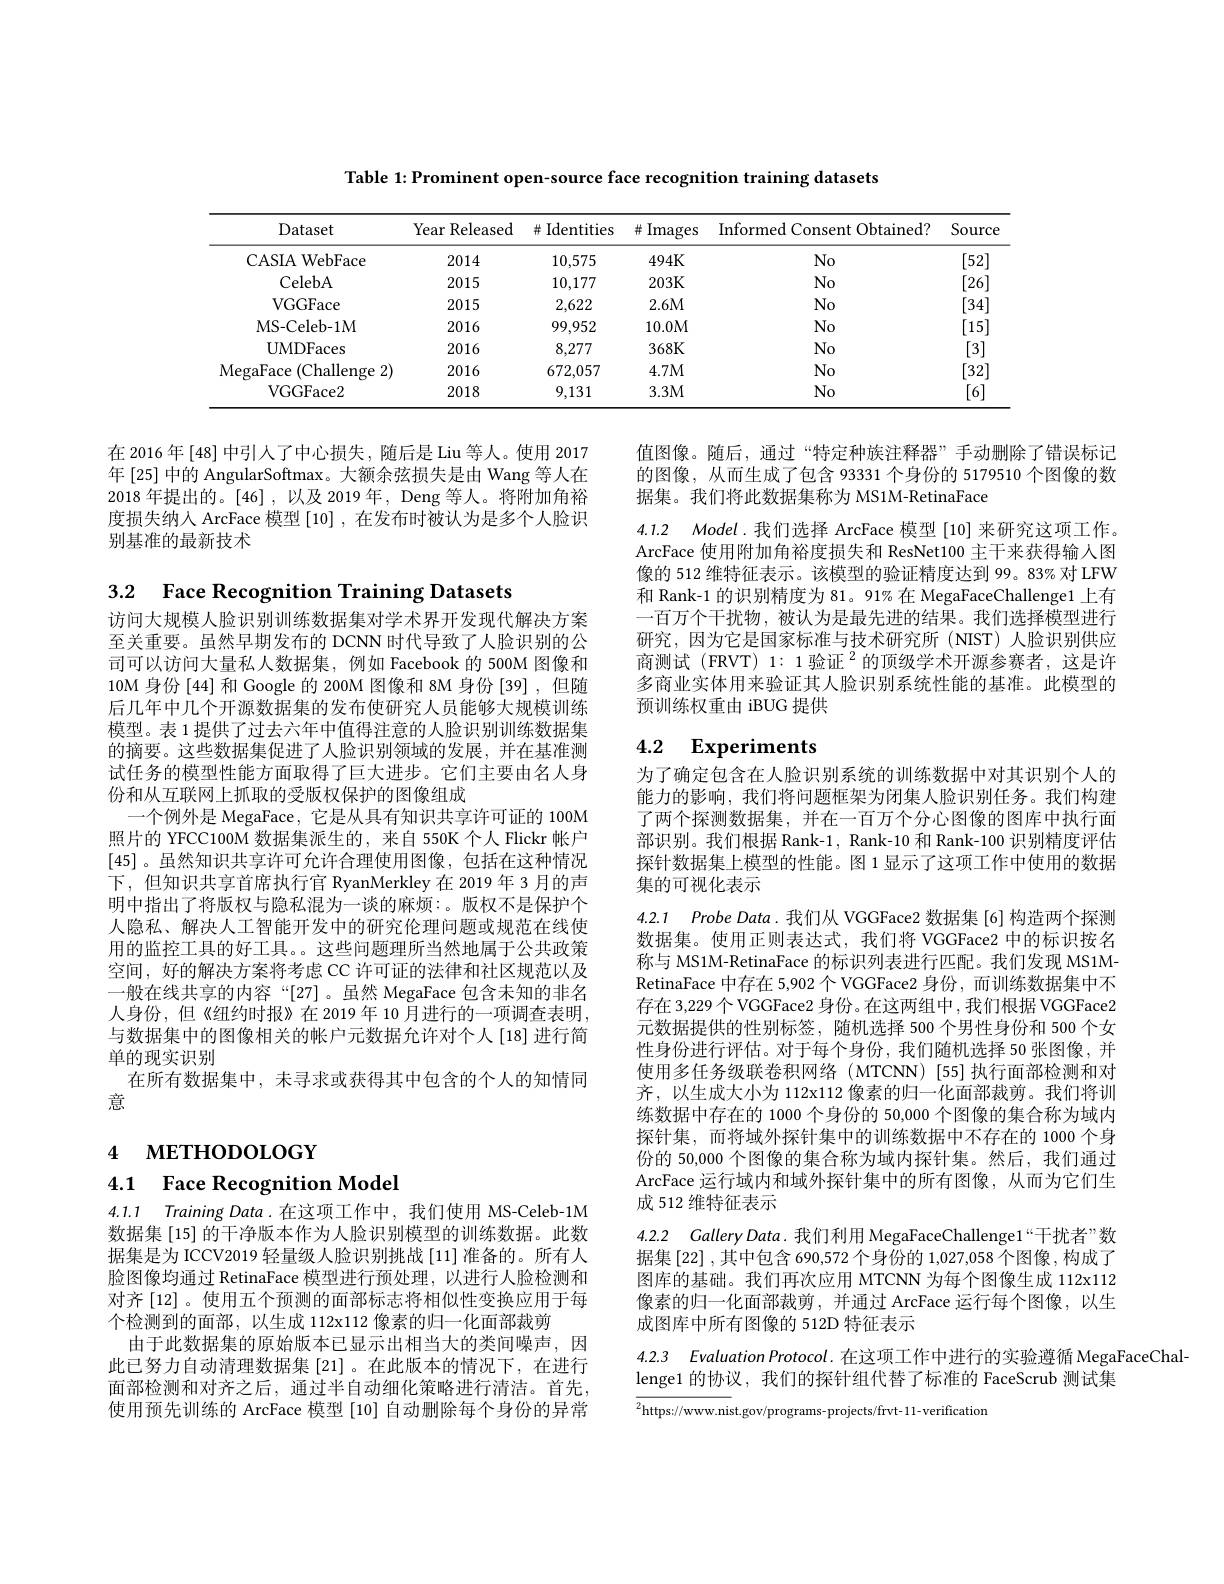
Table 1: Prominent open-source face recognition training datasets

<table>
	<tbody>
		<tr>
			<th>Dataset</th>
			<th>Year E Released</th>
			<th>Identities 井</th>
			<th># Images</th>
			<th>Informed Consent Obtained?</th>
			<th>$Sourc\epsilon$</th>
		</tr>
		<tr>
			<td>CASIA WebFace</td>
			<td>2014</td>
			<td>10,575</td>
			<td>$494K$</td>
			<td>No</td>
			<td>[52]</td>
		</tr>
		<tr>
			<td>CelebA</td>
			<td>2015</td>
			<td>10,177</td>
			<td>$203K$</td>
			<td>No</td>
			<td>[26]</td>
		</tr>
		<tr>
			<td>VGGFace</td>
			<td>2015</td>
			<td>2,622</td>
			<td>$2.6M$</td>
			<td>No</td>
			<td>[34]</td>
		</tr>
		<tr>
			<td>MS-Celeb-1M</td>
			<td>2016</td>
			<td>99,952</td>
			<td>10.0M</td>
			<td>No</td>
			<td>151</td>
		</tr>
		<tr>
			<td>UMDFaces</td>
			<td>2016</td>
			<td>8,277</td>
			<td>$368K$</td>
			<td>No</td>
			<td>[3]</td>
		</tr>
		<tr>
			<td>MegaFace ( Challenge 2) </td>
			<td>2016</td>
			<td>672,057</td>
			<td>4.7M</td>
			<td>No</td>
			<td>[32]</td>
		</tr>
		<tr>
			<td>VGGFace2</td>
			<td>2018</td>
			<td>9,131</td>
			<td>3.3M</td>
			<td>$No$</td>
			<td>[6]</td>
		</tr>
	</tbody>
</table>

值图像。随后，通过“特定种族注释器”手动删除了错误标记的图像，从而生成了包含 93331 个身份的 5179510 个图像的数据集。我们将此数据集称为 MS1M-RetinaFace

在 2016 年 [48] 中引人了中心损失，随后是 Liu 等人。使用 2017年[25] 中的 AngularSoftmax。大额余弦损失是由 Wang 等人在2018 年提出的。[46],以及 2019 年，Deng 等人。将附加角裕度损失纳入 ArcFace 模型[10],在发布时被认为是多个人脸识别基准的最新技术

3.2 Face Recognition Training Datasets

4.1.2 Model.我们选择 ArcFace 模型[10]来研究这项工作。ArcFace 使用附加角裕度损失和 ResNet100 主干来获得输人图像的 512 维特征表示。该模型的验证精度达到 99。83% 对 LFW 和 Rank-1 的识别精度为 81。91% 在 MegaFaceChallenge1 上有一百万个干扰物，被认为是最先进的结果。我们选择模型进行研究，因为它是国家标准与技术研究所(NIST)人脸识别供应商测试(FRVT) 1: 1 验证 $^2$的顶级学术开源参赛者，这是许多商业实体用来验证其人脸识别系统性能的基准。此模型的预训练权重由 iBUG 提供

## 4.2 Experiments

为了确定包含在人脸识别系统的训练数据中对其识别个人的能力的影响，我们将问题框架为闭集人脸识别任务。我们构建了两个探测数据集，并在一百万个分心图像的图库中执行面部识别。我们根据 Rank-1, Rank-10 和 Rank-100 识别精度评估探针数据集上模型的性能。图 1 显示了这项工作中使用的数据集的可视化表示

访问大规模人脸识别训练数据集对学术界开发现代解决方案至关重要。虽然早期发布的 DCNN 时代导致了人脸识别的公司可以访问大量私人数据集，例如 Facebook 的 500M 图像和10M 身份[44]和 Google 的 200M 图像和 8M 身份[39] ,但随后几年中几个开源数据集的发布使研究人员能够大规模训练模型。表 1 提供了过去六年中值得注意的人脸识别训练数据集的摘要。这些数据集促进了人脸识别领域的发展，并在基准测试任务的模型性能方面取得了巨大进步。它们主要由名人身份和从互联网上抓取的受版权保护的图像组成
一个例外是 MegaFace, 它是从具有知识共享许可证的 100M 照片的 YFCC100M 数据集派生的，来自 550K 个人 Flickr 帐户[45] 。虽然知识共享许可允许合理使用图像，包括在这种情况下，但知识共享首席执行官 RyanMerkley在2019年3月的声明中指出了将版权与隐私混为一谈的麻烦：。版权不是保护个人隐私、解决人工智能开发中的研究伦理问题或规范在线使用的监控工具的好工具。。这些问题理所当然地属于公共政策空间，好的解决方案将考虑 CC 许可证的法律和社区规范以及一般在线共享的内容“[27]。虽然 MegaFace 包含未知的非名人身份，但《纽约时报》在 2019 年 10 月进行的一项调查表明， 与数据集中的图像相关的帐户元数据允许对个人[18]进行简单的现实识别
在所有数据集中，未寻求或获得其中包含的个人的知情同
意

4.2.1 Probe Data. 我们从 VGGFace2 数据集 [6] 构造两个探测数据集。使用正则表达式，我们将 VGGFace2 中的标识按名称与 MS1M-RetinaFace 的标识列表进行匹配。我们发现 MS1MRetinaFace 中存在 5,902个 VGGFace2 身份，而训练数据集中不存在 3,229个 VGGFace2 身份。在这两组中 ,我们根据 VGGFace2元数据提供的性别标签，随机选择 500 个男性身份和 500 个女性身份进行评估。对于每个身份，我们随机选择 50 张图像，并使用多任务级联卷积网络(MTCNN)[55]执行面部检测和对齐，以生成大小为 112x112 像素的归一化面部裁剪。我们将训练数据中存在的 1000 个身份的 50,000 个图像的集合称为域内探针集，而将域外探针集中的训练数据中不存在的 1000 个身份的 50,000 个图像的集合称为域内探针集。然后，我们通过ArcFace 运行域内和域外探针集中的所有图像，从而为它们生成 512 维特征表示

4 мЕТНОDOLOGY

4.1 Face Recognition Model

4.2.2 Callery Data. 我们利用 MegaFaceChallenge1“干扰者”数据集 [22] , 其中包含 690,572 个身份的 1,027,058 个图像 ,构成了图库的基础。我们再次应用 MTCNN 为每个图像生成 112x112像素的归一化面部裁剪，并通过 ArcFace 运行每个图像，以生成图库中所有图像的 512D 特征表示

4.1.1 Training Data.在这项工作中，我们使用 MS-Celeb-1M 数据集[15] 的干净版本作为人脸识别模型的训练数据。此数据集是为 ICCV2019 轻量级人脸识别挑战 [11] 准备的。所有人脸图像均通过 RetinaFace 模型进行预处理，以进行人脸检测和对齐 [12]。使用五个预测的面部标志将相似性变换应用于每个检测到的面部，以生成 112x112 像素的归一化面部裁剪
由于此数据集的原始版本已显示出相当大的类间噪声，因此已努力自动清理数据集[21]。在此版本的情况下，在进行面部检测和对齐之后，通过半自动细化策略进行清洁。首先， 使用预先训练的 ArcFace 模型 [10] 自动删除每个身份的异常

4.2.3 Evaluation Protocol. 在这项工作中进行的实验遵循 MegaFaceChal-
lenge1 的协议，我们的探针组代替了标准的 FaceScrub 测试集

$\overline{{^2\text{https:}//\text{www.nis}}}$t.gov/programs- projects/frvt-11-verificatior